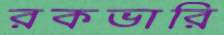
রকভারি